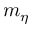
m _ { \eta }